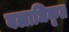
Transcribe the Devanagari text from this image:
बलाधिकृत